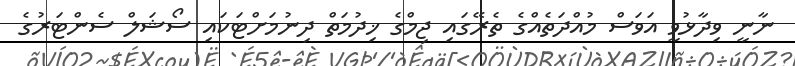
ނާނީ ވިދާޅުވީ އަވަސް މުއްދަތެއްގެ ތެރޭގައި ޖިމްގެ ޚިދުމަތް ދިނުމަށްޓަކައި ސޯޝަލް ސެންޓަރުގެ